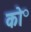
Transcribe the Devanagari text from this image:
को॰